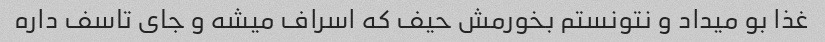
غذا بو میداد و نتونستم بخورمش حیف که اسراف میشه و جای تاسف داره